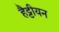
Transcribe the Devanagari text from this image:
हैट्टीयन